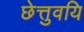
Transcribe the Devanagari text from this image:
छेत्तुवयि